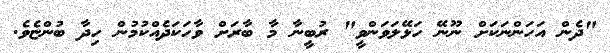
"ދެން އަހަންނަކަށް ނޫނޭ ހަޅޭލަވަންވީ" ރުބީނާ މާ ބާރަށް ވާހަކަދެއްކުމުން ހިދާ ބުންޏެވެ.